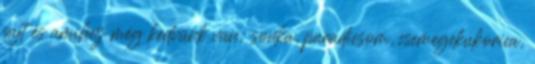
sajt és amihez még kedvünk van: sonka, paradicsom, csemegekukorica,